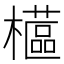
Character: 櫙